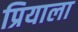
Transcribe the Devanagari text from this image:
प्रियाला